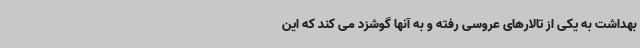
بهداشت به یکی از تالارهای عروسی رفته و به آنها گوشزد می کند که این